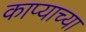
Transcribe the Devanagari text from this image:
काप्याच्या